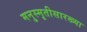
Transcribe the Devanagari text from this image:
मनुस्मृतीसारख्या